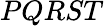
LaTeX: PQRST